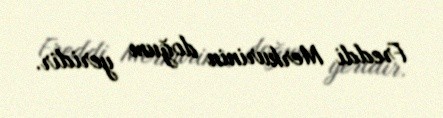
Freddi Merkurinin doğum yeridir.